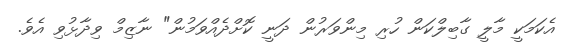
އެކަމަކީ މާލީ ގާބިލްކަން ހުރި މިންވަރުން ދަނީ ކޮށްދެއްވަމުން" ނާޒިމް ވިދާޅުވި އެވެ.